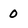
Character: 0